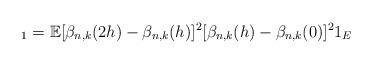
LaTeX: \begin{align*}_1 = \mathbb{E}[\beta_{n, k}(2h) - \beta_{n, k}(h)]^2[\beta_{n, k}(h) - \beta_{n, k}(0)]^2 1_{E}\end{align*}